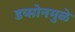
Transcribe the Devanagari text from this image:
डप्सोनमुळे